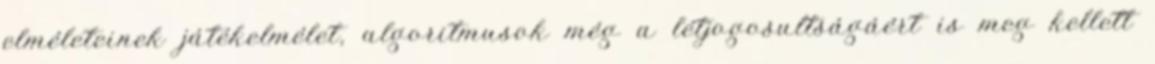
elméleteinek játékelmélet, algoritmusok még a létjogosultságáért is meg kellett